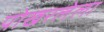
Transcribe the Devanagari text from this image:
पोखरलेला